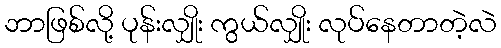
ဘာဖြစ်လို့ ပုန်းလျှိုး ကွယ်လျှိုး လုပ်နေတာတဲ့လဲ